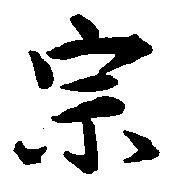
宗